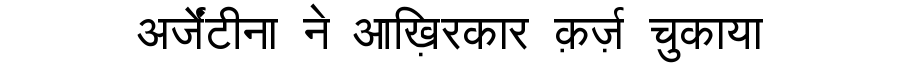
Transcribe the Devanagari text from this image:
अर्जेंटीना ने आख़िरकार क़र्ज़ चुकाया